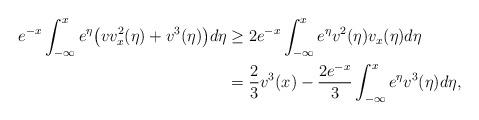
LaTeX: \begin{align*}e^{-x}\int_{-\infty}^xe^\eta\big(vv_x^2(\eta)+v^3(\eta)\big)d\eta&\geq 2e^{-x}\int_{-\infty}^xe^\eta v^2(\eta)v_x(\eta)d\eta\\ & =\dfrac{2}{3}v^3(x)-\dfrac{2e^{-x}}{3}\int_{-\infty}^xe^\eta v^3(\eta)d\eta,\end{align*}